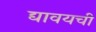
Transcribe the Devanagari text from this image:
द्यावयची